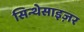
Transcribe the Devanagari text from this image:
सिन्थेसाइज़र